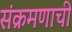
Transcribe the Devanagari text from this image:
संक्रमणाची